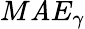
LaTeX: M\mathit{A}E_{\gamma}